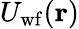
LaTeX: U_{\mathrm{wf}}(\mathbf{r})